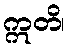
ဣတိ၊